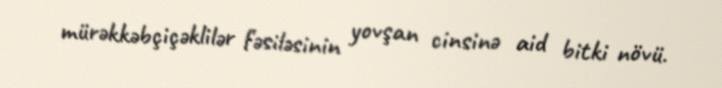
mürəkkəbçiçəklilər fəsiləsinin yovşan cinsinə aid bitki növü.